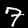
Label: 7